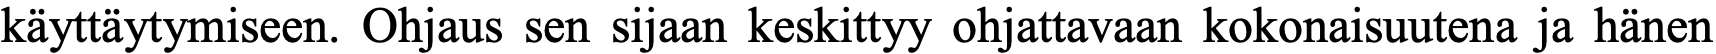
käyttäytymiseen. Ohjaus sen sijaan keskittyy ohjattavaan kokonaisuutena ja hänen